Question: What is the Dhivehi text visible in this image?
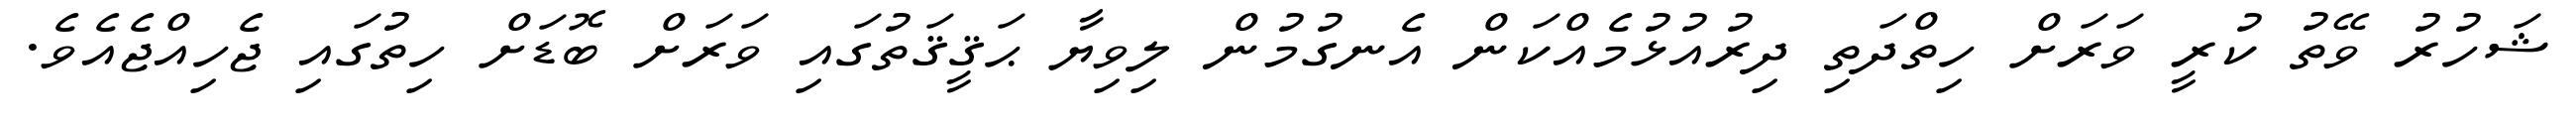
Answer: ޝަހުރު ވޭތު ކުރީ ވަރަށް ހިތްދަތި ދިރުއުޅުމެއްކަން އެނގުމުން ލިވިޔާ ޙަޤީޤަތުގައި ވަރަށް ބޮޑަށް ހިތުގައި ޖެހިއްޖެއެވެ.